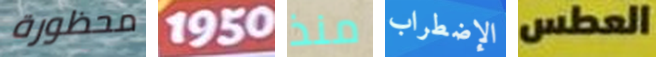
محظورة 1950 منذ الإضطراب العطس